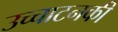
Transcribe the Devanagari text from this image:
उच्चाटनकी